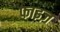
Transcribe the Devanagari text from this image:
फाइज़